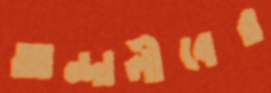
আন্দালীবের